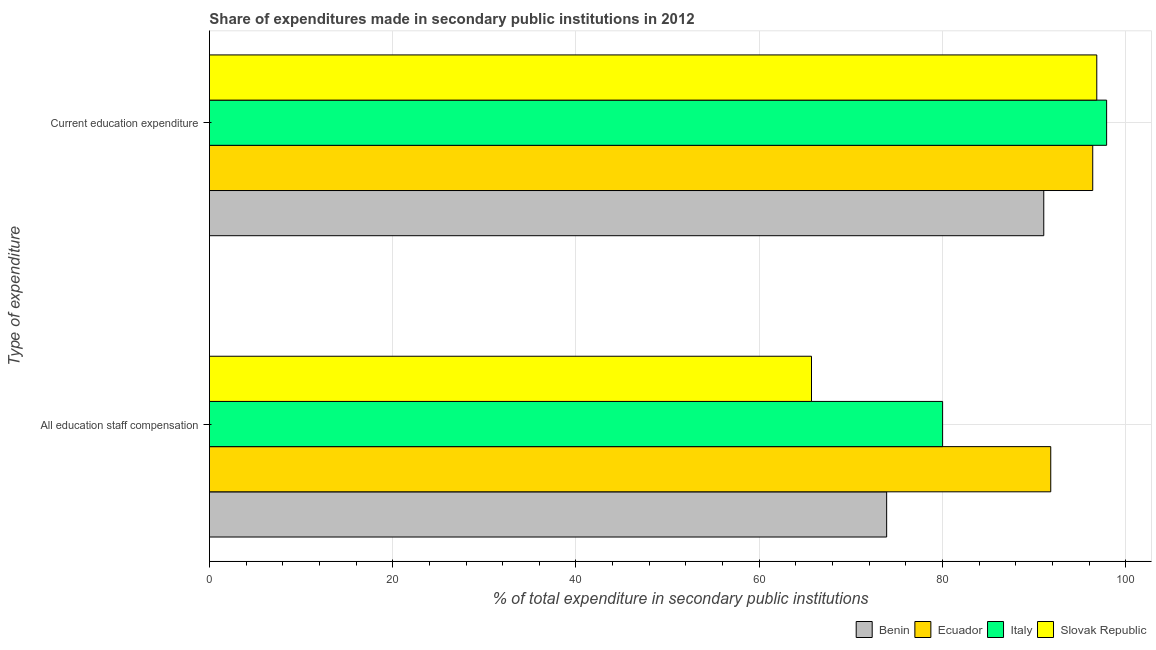
| Type of expenditure | Benin | Ecuador | Italy | Slovak Republic |
 | --- | --- | --- | --- | --- |
 | All education staff compensation | 73.9 | 91.8 | 80 | 65.7 |
 | Current education expenditure | 91.1 | 96.4 | 97.9 | 96.8 |